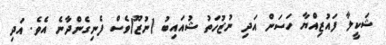
ޝަކީލާ ފައުޒިއްޔާ ހަސަން އަދި ނުޒުހަތު ޝުއައިބު (ނުޒޫ)ވެސް ފެނިގެންދާނެ އެވެ. އަދި